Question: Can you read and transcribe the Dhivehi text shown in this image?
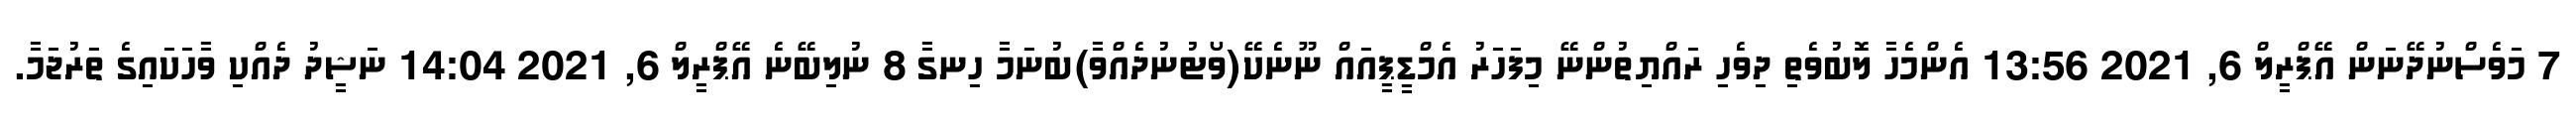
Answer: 7 މަވެސްނުދޭނަން އޭޕްރީލް 6, 2021 13:56 އެންމެހާ ލޮބުވެތި ދިވެހި ރައްޔިތުންނޭ މިފަހަރު އެމްޑީޕީއައް ނޫނެކޭ(ވޯޓުނުދެއްވާ)ބުނަމާ ހިނގާ 8 ނުލިބޭނެ އޭޕްރީލް 6, 2021 14:04 ނަޝީދު ދެއްކި ވާހަކައިގެ ތަރުޖަމާ.